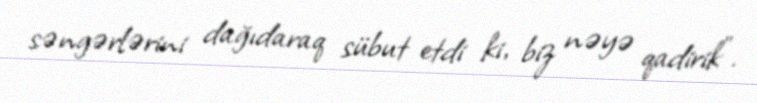
səngərlərini dağıdaraq sübut etdi ki, biz nəyə qadirik”.